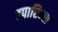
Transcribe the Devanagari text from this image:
हपारिन्स